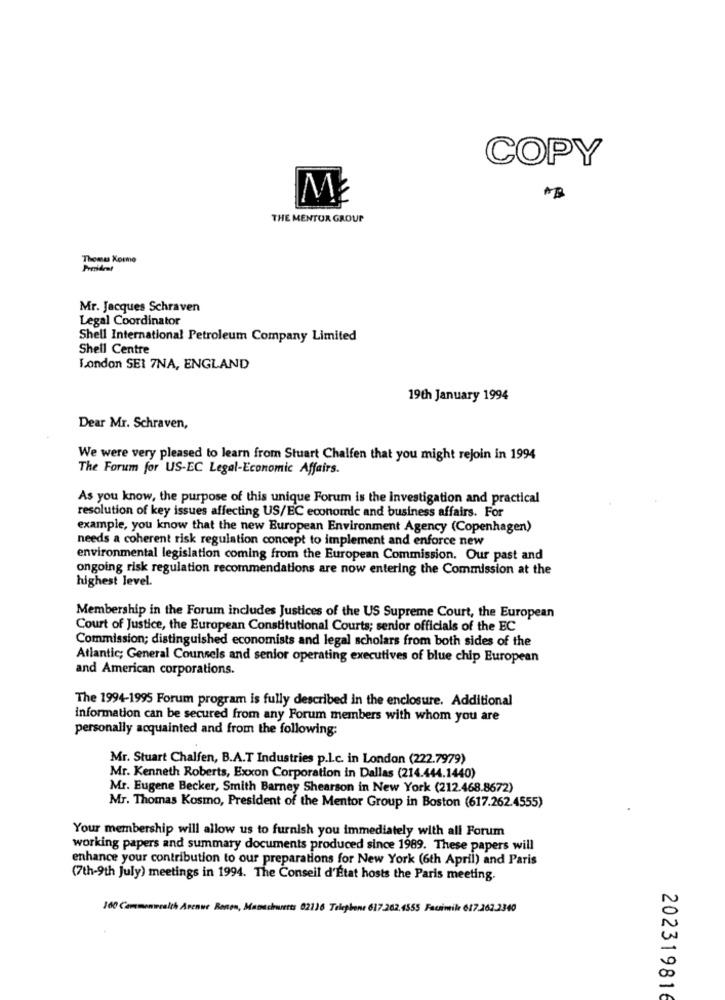
COPY
M
THE MENTUR GROUP
Themu Korme
Prezident
Mr. Jacques Schraven
Legal Coordinator
Shell International Petroleum Company Limited
Shell Centre
London SEI 7NA, ENGLAND
19th January 1994
Dear Mr. Schraven,
We were very pleased to learn from Stuart Chalfen that you might rejoin in 1994
The Forum for US-EC Legal-Economic Affairs.
As you know, the purpose of this unique Forum is the investigation and practical
resolution of key issues affecting US/EC economic and business affairs. For
example, you know that the new European Environment Agency (Copenhagen)
needs a coherent risk regulation concept to implement and enforce new
environmental legislation coming from the European Commission. Our past and
ongoing risk regulation recommendations are now entering the Commission at the
highest level.
Membership in the Forum includes Justices of the US Supreme Court, the European
Court of Justice, the European Constitutional Courts; senior officials of the EC
Commission; distinguished economists and legal scholars from both sides of the
Atlantic; General Counsels and senior operating executives of blue chip European
and American corporations.
The 1994-1995 Forum program is fully described in the enclosure. Additional
information can be secured from any Forum members with whom you are
personally acquainted and from the following:
Mr. Stuart Chalfen, B.A.T Industries p.L.c. in London (222.7979)
Mr. Kenneth Roberts, Exxon Corporation in Dallas (214.444.1440)
Mr. Eugene Becker, Smith Barney Shearson in New York (212.468.8672)
Mr. Thomas Kosmo, President of the Mentor Group in Boston (617.262.4555)
Your membership will allow us to furnish you immediately with all Forum
working papers and summary documents produced since 1989. These papers will
enhance your contribution to our preparations for New York (6th April) and Paris
(7th-9th July) meetings in 1994. The Conseil d'Etat hosts the Paris meeting.
160 Commonwealth Avenue Bonen, Manachunett: 02126 Telephone 617.202.4555 Facsimile 617.262.2340
202319816